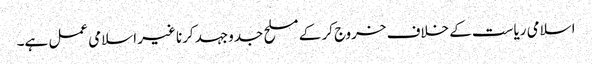
اسلامی ریاست کے خلاف خروج کر کے مسلح جدوجہد کرنا غیر اسلامی عمل ہے۔